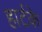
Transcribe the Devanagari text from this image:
हार्टके